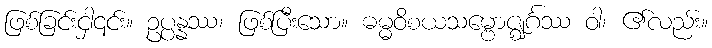
ဖြစ်ခြင်းငှါ၎င်း။ ဥပ္ပန္နဿ၊ ဖြစ်ပြီးသော။ ဓမ္မဝိစယသမ္ဗောဇ္ဈင်္ဂဿ ဝါ၊ ၏လည်း။